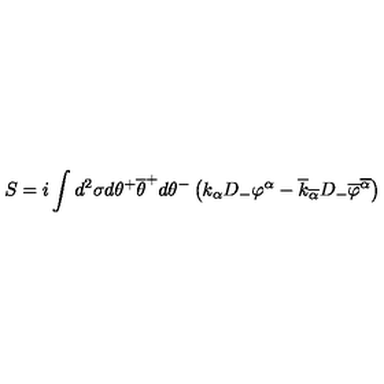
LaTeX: S = i \int d ^ { 2 } \sigma d \theta ^ { + } \overline { { \theta } } ^ { + } d \theta ^ { - } \left( k _ { \alpha } D _ { - } \varphi ^ { \alpha } - \overline { { k } } _ { \overline { { \alpha } } } D _ { - } \overline { { \varphi } } ^ { \overline { { \alpha } } } \right)